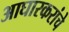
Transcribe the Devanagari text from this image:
आघारकरांचे